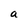
Character: a